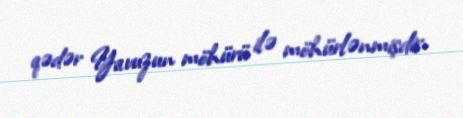
qədər Yavuzun möhürü ilə möhürlənmişdir.